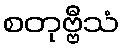
စတုဗ္ဗီသံ